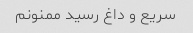
سریع و داغ رسید ممنونم